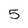
Character: 5